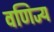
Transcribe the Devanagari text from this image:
वणिज्य